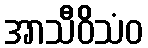
အာသီဝိသံဝ